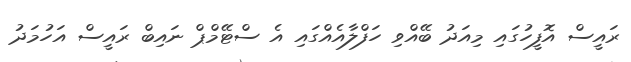
ރައީސް އޮފީހުގައި މިއަދު ބޭއްވި ހަފްލާއެއްގައި އެ ސްޓޭމްޕް ނައިބް ރައީސް އަހުމަދު